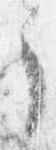
了